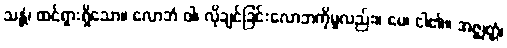
သန္တံ၊ ထင်ရှားရှိသော။ လောဘံ ဝါ၊ လိုချင်ခြင်းလောဘကိုမူလည်း။ မေ၊ ငါ၏။ အဇ္ဈတ္တံ၊